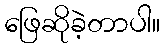
ဖြေဆိုခဲ့တာပါ။